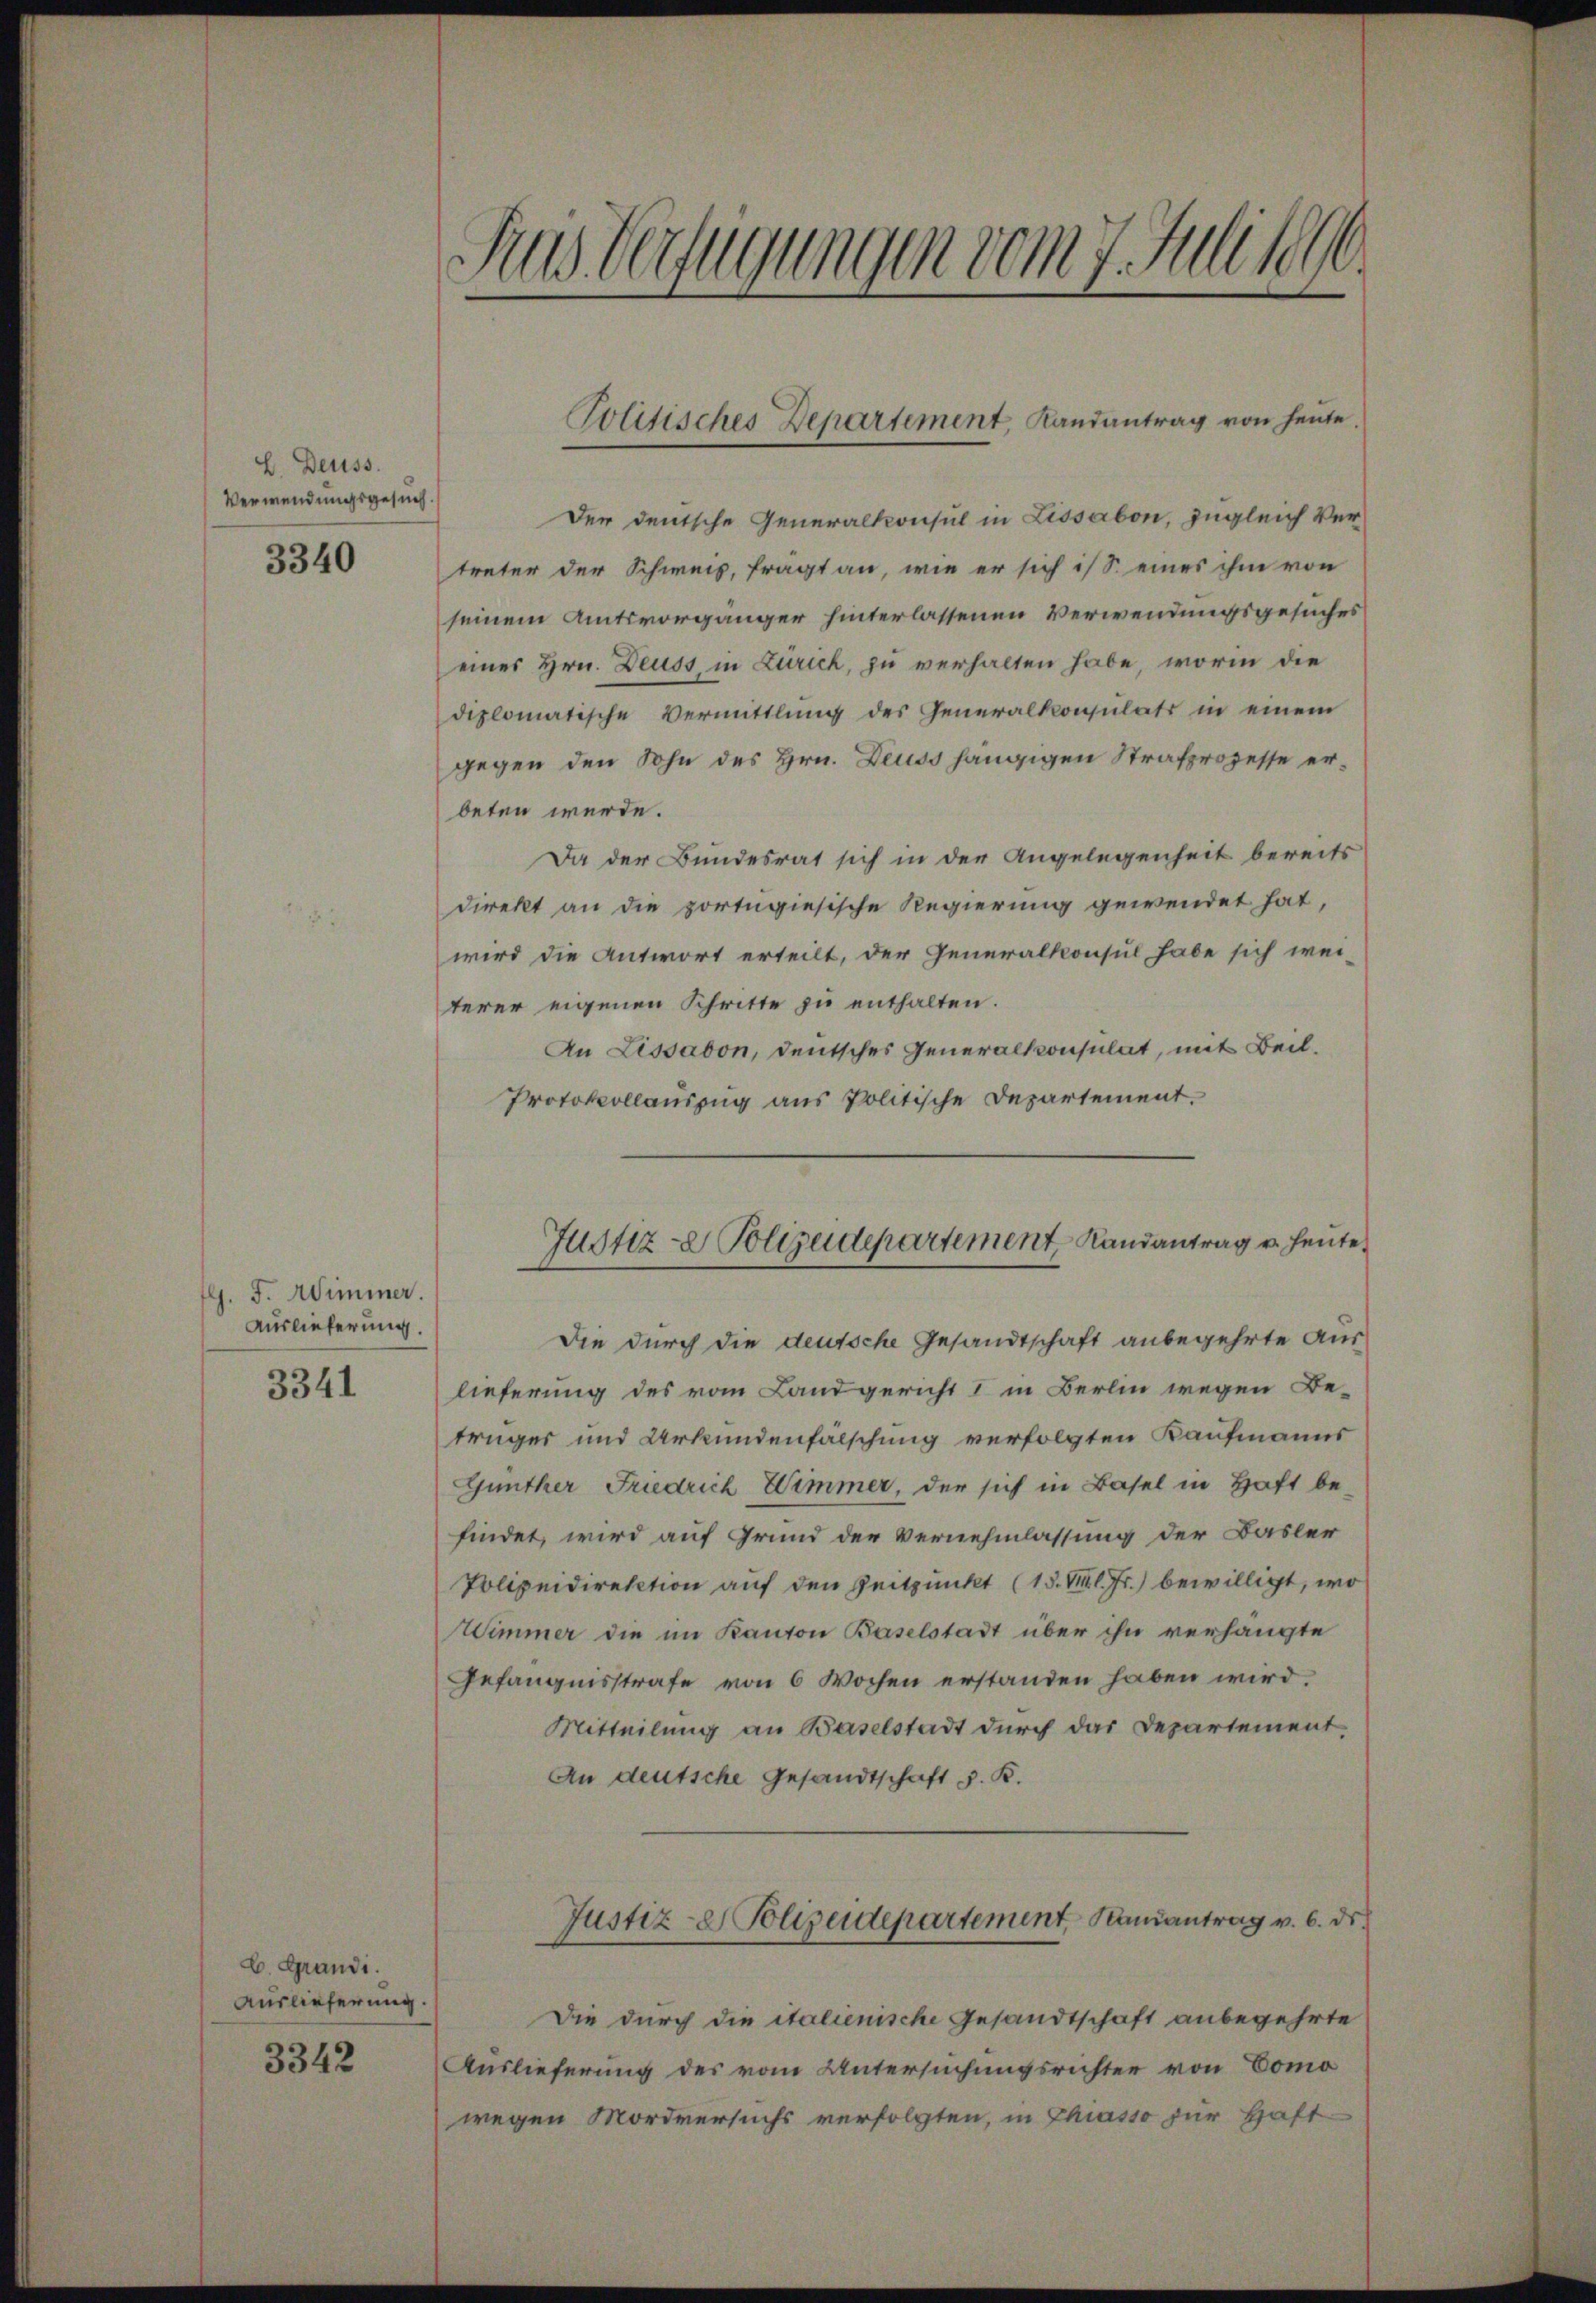
E. Deuss.
Verwendungsgesuch.

3340

l. F. Wimmer.
Auslieferung.

3341

b. Grandi.
Auslieferung.
3342

Aus Verfügungen vom 7. Juli 1890.

Der deutsche Generalkonsul in Lissabon, zugleich Vertreter der Schweis, frägt an, wie er sich ist eines ihm von
seinem Amtsvorgänger hinterlassenen Verwendungsgesuches
eines Hrn. Deuss, in Zürich, zu verhalten habe, worin die
diplomatische Vermittlung des Generalkonsulats in einem
gegen den Sohn des Hrn. Deuss hängigen Strafprozesse erbeten werde.
Da der Bundesrat sich in der Angelegenheit bereits
direkt an die portugiesische Regierung gewendet hat,
wird die Antwort erteilt, der Generalkonsul habe sich wei-
terer eigenen Schritte zu enthalten.
An Lissabon, deutsches Generalkonsulat, mit Beil.
Protokollauszug aus Politische Departement.

Politisches Departement, Landantrag von heute.

Justiz- & Polizeidepartement, Landantrag u. heute.

Die durch die deutsche Gesandtschaft anbegehrte Auslieferung des vom Landgericht I in Berlin wegen Be-
trüger und Urkundenfälschung verfolgten Kaufmanns
Günther Friedrich Wimmer, der sich in Basel in Haft be-
findet, wird auf Grund der Vernehmlassung der Basler
Polizeidirektion auf den Zeitpunkt (15. M. l. Fr.) bewilligt, wo
Wimmer die im Kanton Baselstadt über ihn verhängte
Gefängnisstrafe von 6 Wochen erstanden haben wird.
Mitteilung an Baselstadt durch das Departement.
An deutsche Gesandtschaft d. K.
Justiz- & Polizeidepartement Kamantrag v. 6. ds.
Die durch die italienische Gesandtschaft anbegehrte
Auslieferung des vom Untersuchungsrichter von Como
wegen Mordversuchs verfolgten, in Chiasso zur Haft